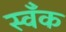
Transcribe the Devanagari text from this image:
स्वँक